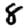
Digit: 8